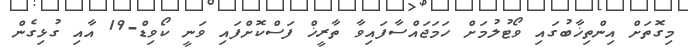
މިގޮތަށް އިންތިޚާބުގައި ވޯޓުލުމަށް ހަމަޖައްސާފައިވާ ތާރީޚް ފަސްކޮށްފައި ވަނީ ކޯވިޑް-19 އާއި ގުޅިގެން